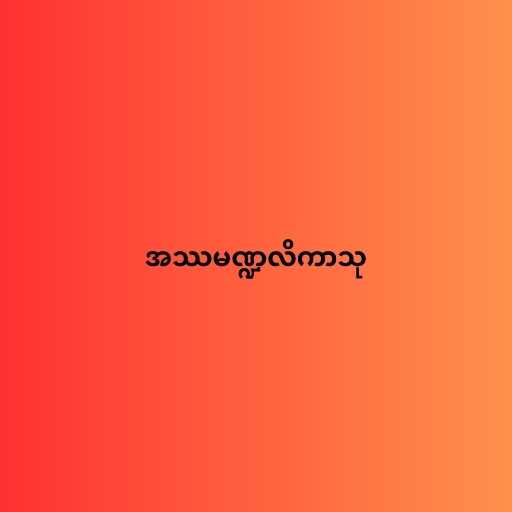
အဿမဏ္ဍလိကာသု